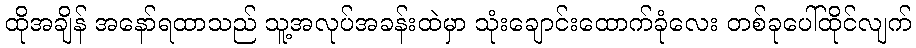
ထိုအချိန် အနော်ရထာသည် သူ့အလုပ်အခန်းထဲမှာ သုံးချောင်းထောက်ခုံလေး တစ်ခုပေါ်ထိုင်လျက်